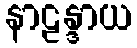
နာဠန္ဒာယ